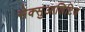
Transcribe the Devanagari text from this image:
सेक्सुआलिटिज